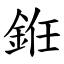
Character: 銋